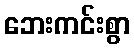
ဘေးကင်းစွာ